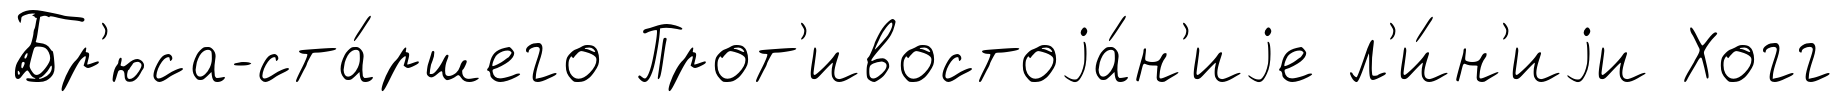
Бр'юса-ста́ршего Прот'ивостоjа́н'иjе л'и́н'иjи Хогг